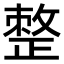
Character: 𢿋